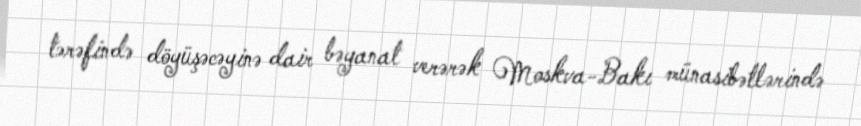
tərəfində döyüşəcəyinə dair bəyanat verərək Moskva-Bakı münasibətlərində